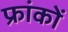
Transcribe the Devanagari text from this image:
फ्रांकों